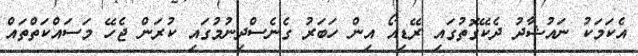
އެކަމަކު ނައުޝާދު ދެކޭގޮތުގައި ރޭޑިއޯ އިން ހަބަރު ގެނެސްދިނުމުގައި ކުރަން ޖެހޭ މަސައްކަތްތައް